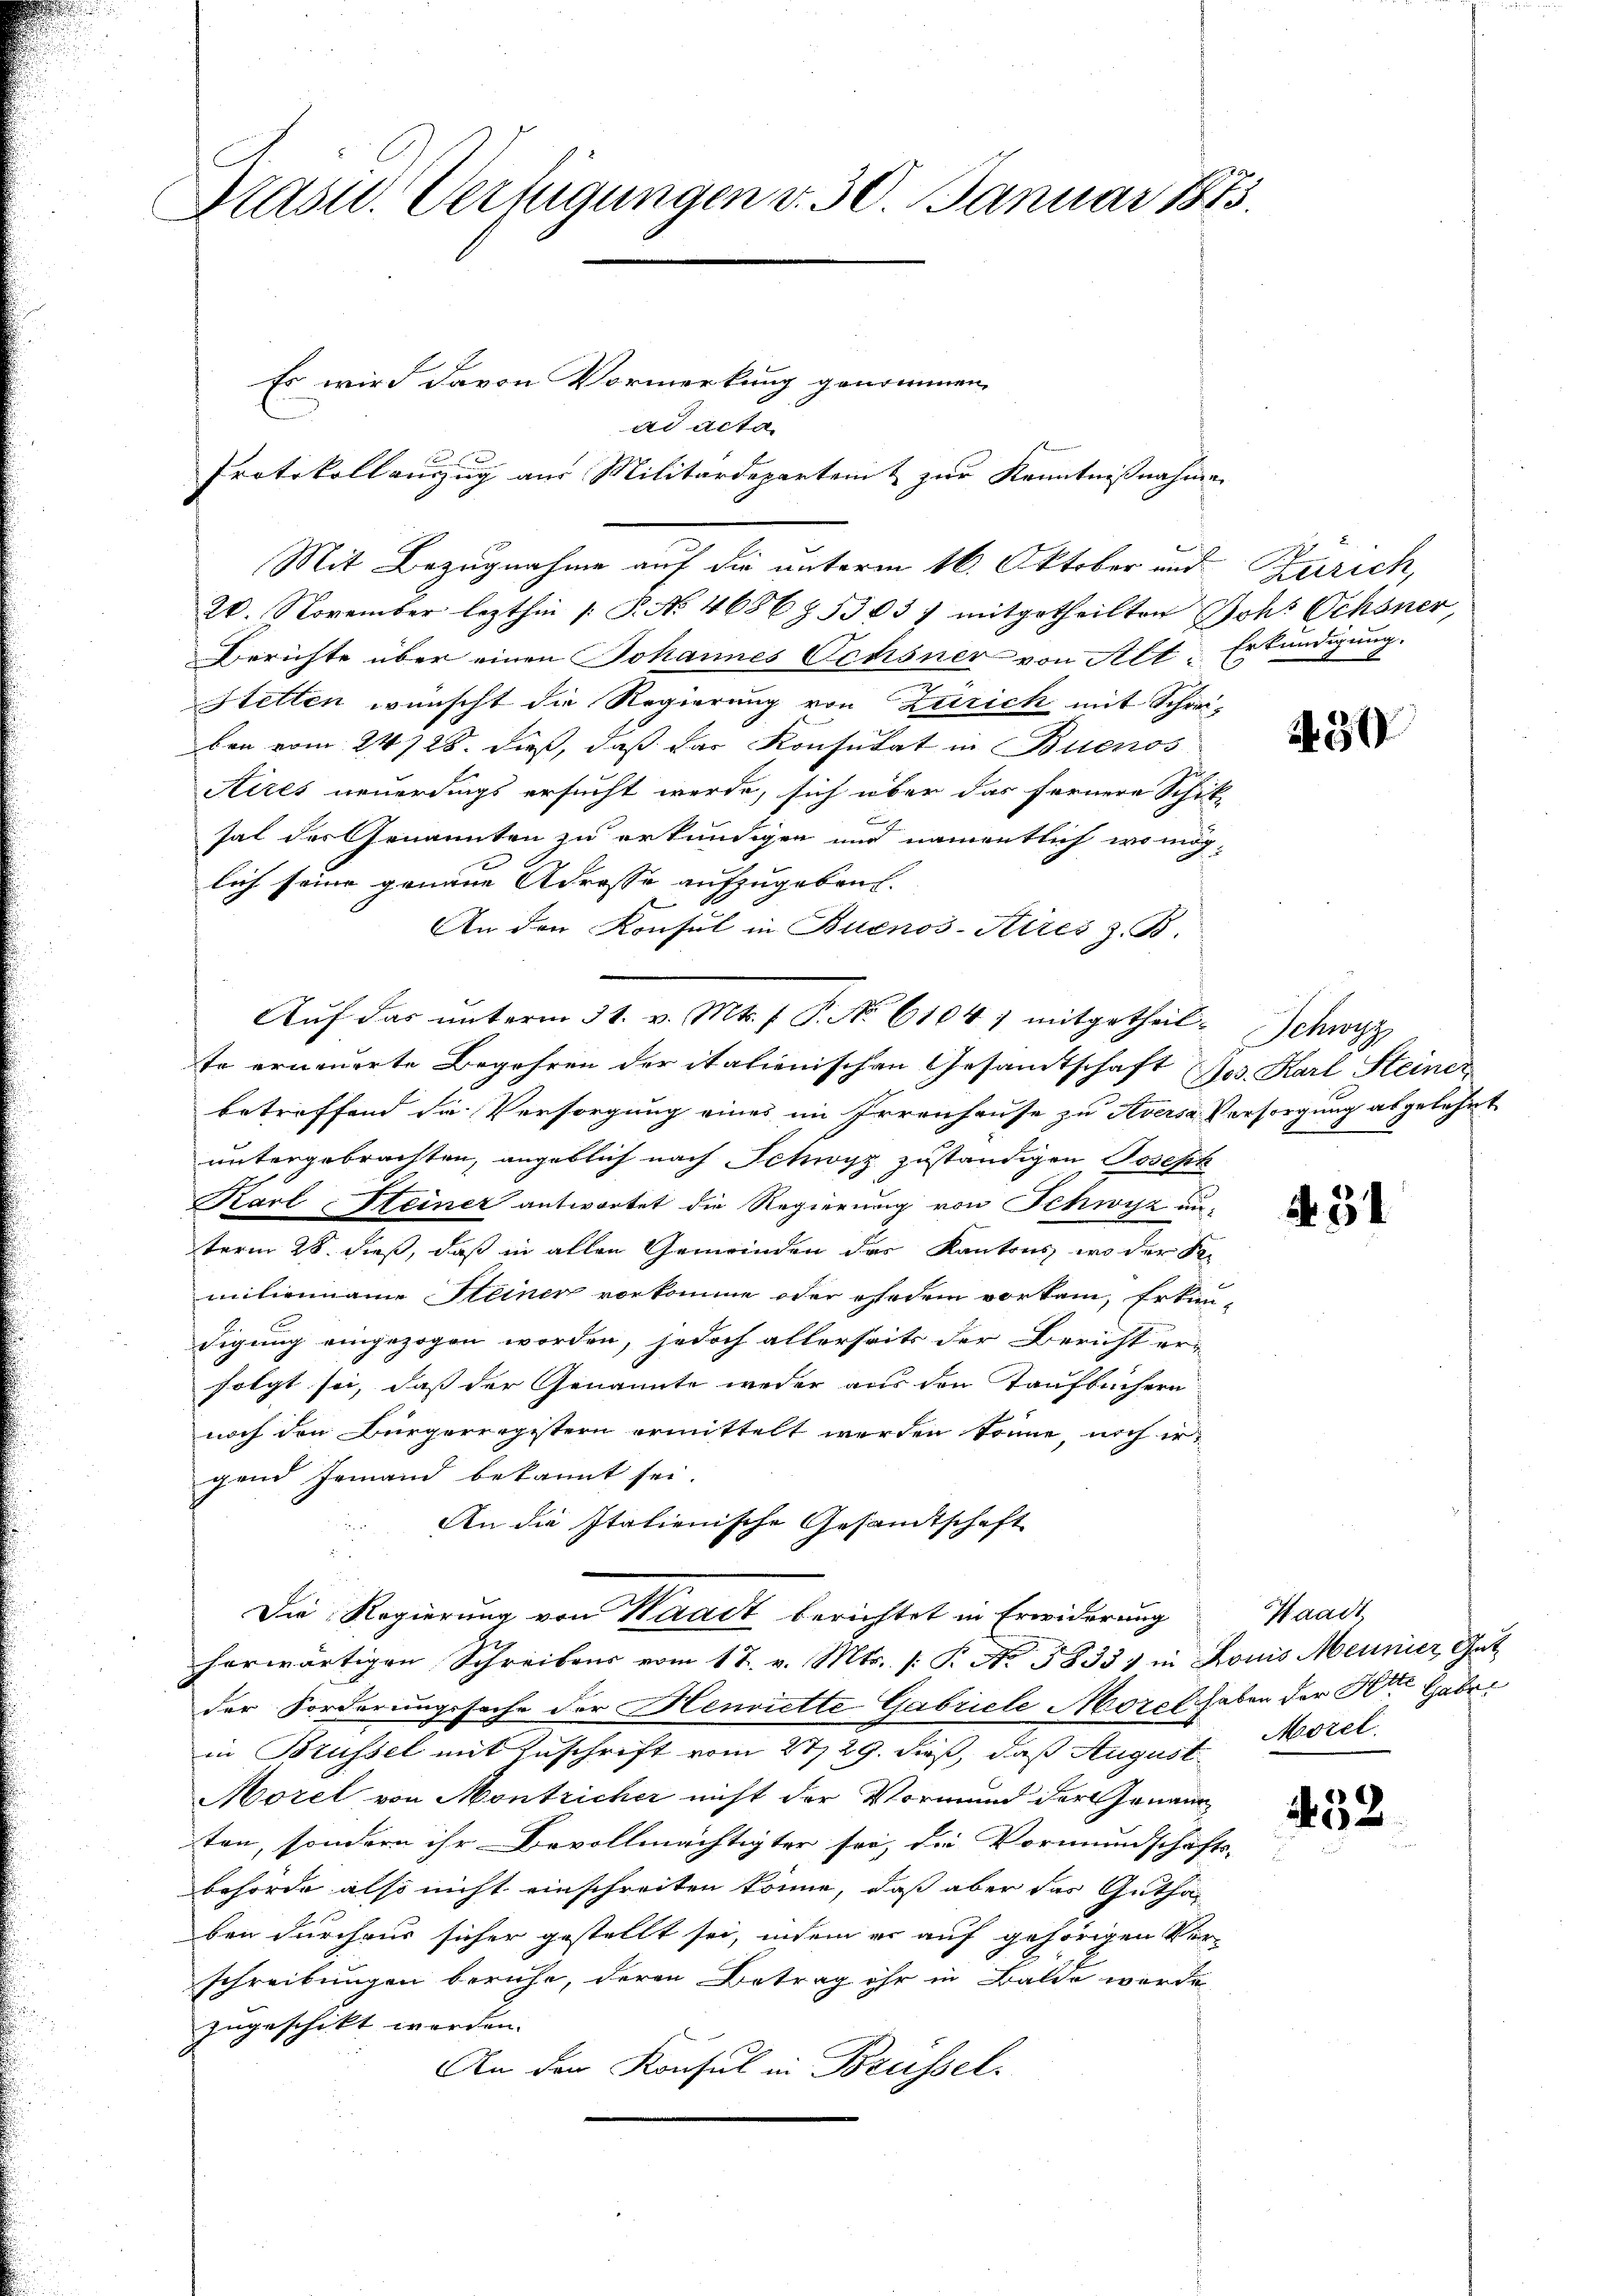
Präsid. Verfügungen v. 30. Januar 1873.

Es wird davon Vormerkung genommen,
ad Acta
Protokollauszug aus Militärdepartent zur Kenntnißnahmen
Mit Bezugnahme auf die unterm 16. Oktober und
20. November lezthin [P. No 4656 § 536 3) mitgetheilten Johs Ochsner,
Berichte über einen Johannes Ochsner von Alt Erkundigung.
Hetten wünscht die Regierung von Zürich mit Schrei-
ben vom 24. 728. dieß, daß das Konsulat in Buenos
Aires neuerdings ersucht werde, sich über das fernere Schick-
sal der Genannten zu erkundigen und namentlich wo mög-
lich seine genaue Adresse aufzugeben. |
An den Konsul in Buenos-Aires z. B.
Auf das unterm 31. v. Mts. f. P. No 61041 mitgetheilte erneuerte Begehren der italienischen Gesamtschaft
betreffend die Versorgung eines im Irrenhause zu Aversa Versorgung abgelehnt
untergebrachten, angeblich nach Schwyz zuständigen Joseph
Karl Steiner antwortet die Regierung von Schwyz unterm 28. dieß, daß in allen Gemeinden das Kantons, wo der See
milienname Heiner vorkomme oder ehedem vorkam, Erkun-
digung eingezogen worden, jedoch allerseits der Bericht er-
folgt sei, dass der Genannte weder aus den Taufbüchern
noch den Bürgerregistern ermittelt werden könne, noch er
gend Jemand bekannt sei.
An die Italienische Gesandtschaft
Die Regierung von Waadt berichtet in Erwiderung
herwärtigen Schreibens vom 17. v. Mts. (: P. No. 5833) in Louis Meunier, Gut
der Forderungssache der Henriette Gabricle Morel haben der Herr Gaber
in Brüssel mit Zuschrift vom 27. 29. dieß, daß August Morel
Morel von Montricher nicht der Vormund der Genann
ten, sondern ihr Bevollmächtigter sei, die Vormundschafts-
behörde also nicht einschreiten könne, daß aber das Guthaben durchaus sicher gestellt sei, indem er auf gehörigen Ver-
schreibungen beruhe, deren Betrag ihr in Balde werde
zugeschikt worden.
An den Konsul in Brüssel.

Zürich,

2430

Schwag
Jos. Karl Steiner
8

A 31

Waadt

432.